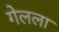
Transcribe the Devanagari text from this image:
गेलला